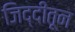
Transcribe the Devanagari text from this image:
जिद्दीतून